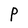
Character: P